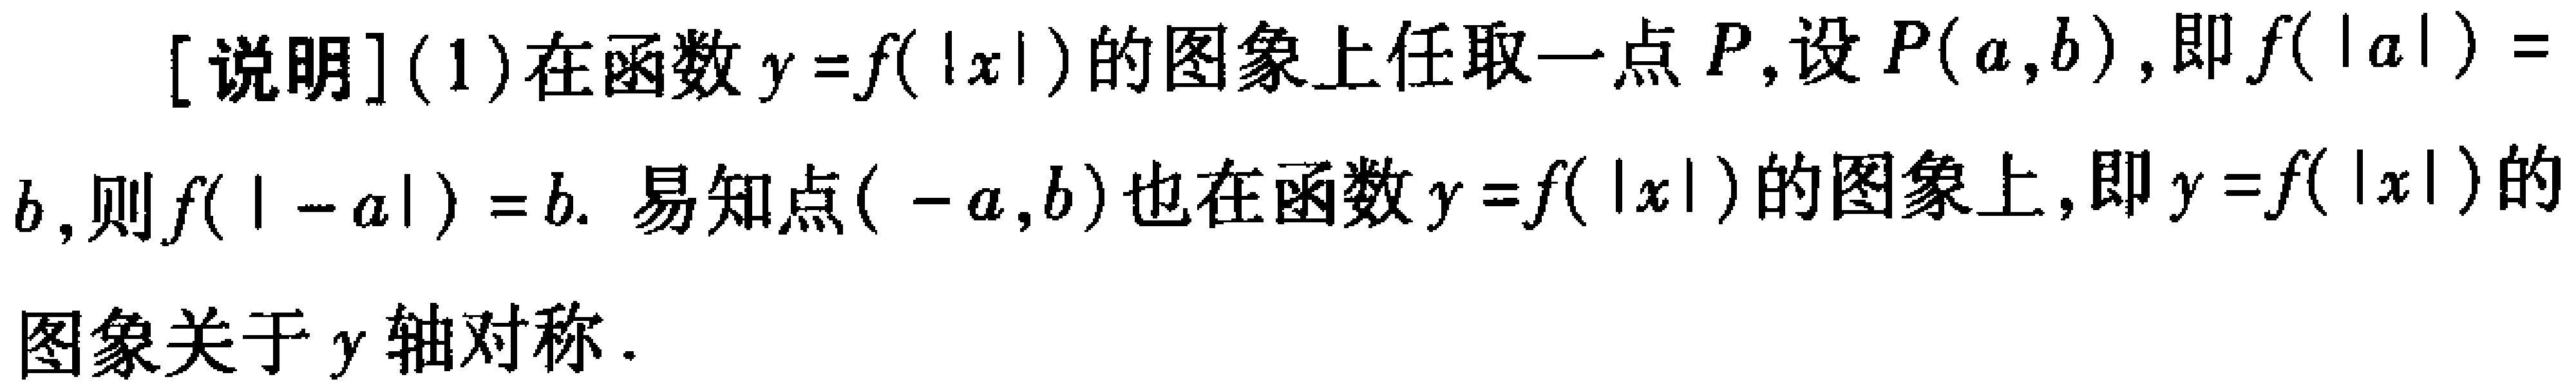
[说明](1)在函数\(y = f(|x|)\)的图象上任取一点\(P\),设\(P(a,b)\),即\(f(|a|)=b\),则\(f(|-a|)=b\). 易知点\((-a,b)\)也在函数\(y = f(|x|)\)的图象上,即\(y = f(|x|)\)的图象关于\(y\)轴对称.